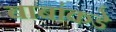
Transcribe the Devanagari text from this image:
बाबांकडे